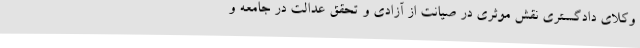
وکلای دادگستری نقش موثری در صیانت از آزادی و تحقق عدالت در جامعه و